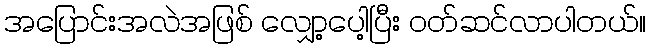
အပြောင်းအလဲအဖြစ် လျှော့ပေါ့ပြီး ဝတ်ဆင်လာပါတယ်။